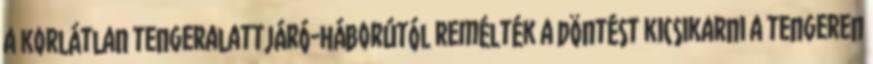
a korlátlan tengeralattjáró-háborútól remélték a döntést kicsikarni a tengeren